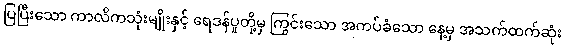
ပြပြီးသော ကာလိကသုံးမျိုးနှင့် ရေဒန်ပူတို့မှ ကြွင်းသော အကပ်ခံသော နေ့မှ အသက်ထက်ဆုံး